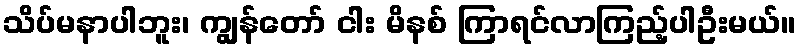
သိပ်မနာပါဘူး၊ ကျွန်တော် ငါး မိနစ် ကြာရင်လာကြည့်ပါဦးမယ်။